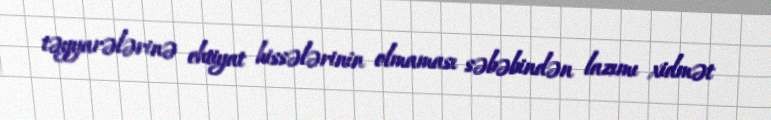
təyyarələrinə ehtiyat hissələrinin olmaması səbəbindən lazımı xidmət